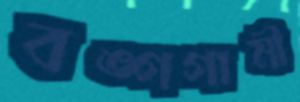
বঙ্গগামী